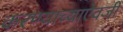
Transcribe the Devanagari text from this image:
करण्याच्याऐवजी